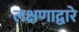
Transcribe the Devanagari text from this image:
लक्षणाद्वारे